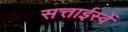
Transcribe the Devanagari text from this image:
सत्ताईस्वें